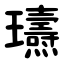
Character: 瓙